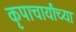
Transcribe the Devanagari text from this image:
कृपाचार्यांच्या